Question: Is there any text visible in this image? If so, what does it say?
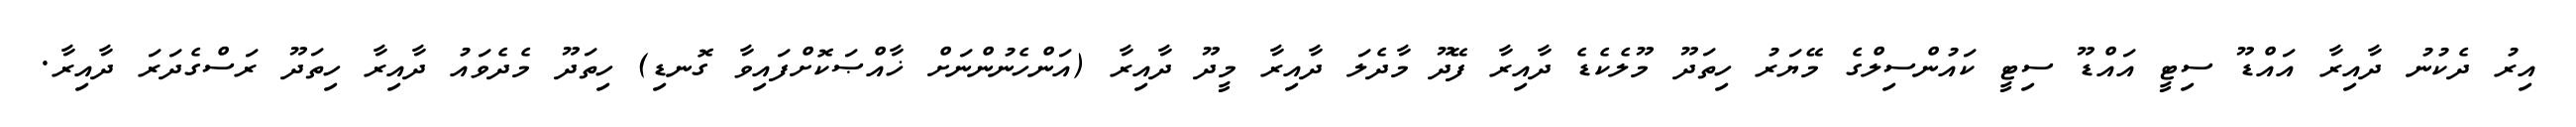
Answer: އިރު ދެކުނު ދާއިރާ އައްޑޫ ސިޓީ އައްޑޫ ސިޓީ ކައުންސިލްގެ މޭޔަރު ހިތަދޫ މޫލެކެޑެ ދާއިރާ ފޭދޫ މާދެލަ ދާއިރާ މީދޫ ދާއިރާ (އަންހެނުންނަށް ޚާއްޞަކޮށްފައިވާ ގޮނޑި) ހިތަދޫ މެދެވައު ދާއިރާ ހިތަދޫ ރަސްގެދަރަ ދާއިރާ.